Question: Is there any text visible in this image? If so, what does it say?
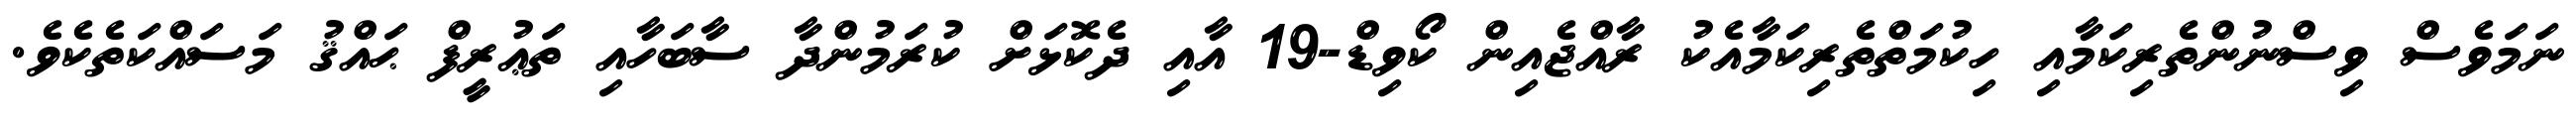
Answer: ނަމަވެސް ވިސްނުންތެރިކަމާއި ހިކުމަތްތެރިކަމާއެކު ރާއްޖެއިން ކޯވިޑް-19 އާއި ދެކޮޅަށް ކުރަމުންދާ ސާބަހާއި ތަޢުރީފް ޙައްޤު މަސައްކަތެކެވެ.